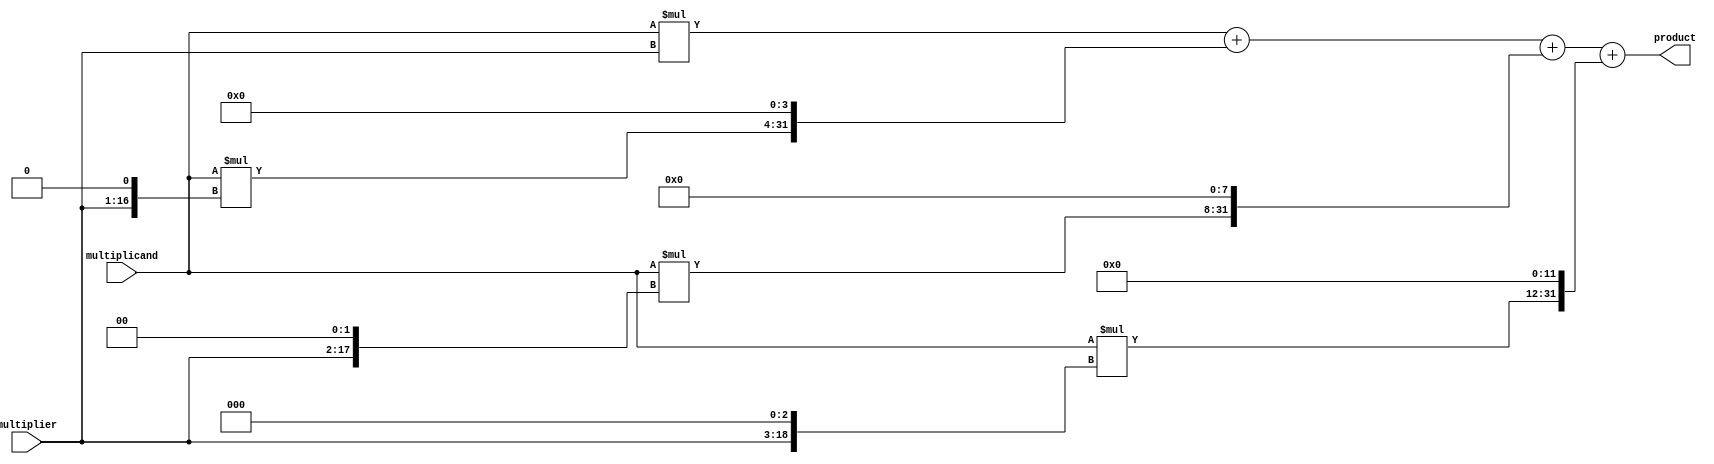
module BoothMultiplier (
  input signed [15:0] multiplicand,
  input signed [15:0] multiplier,
  output reg signed [31:0] product
);

reg [31:0] partial_products [3:0];
reg [4:0] booth_enc;
reg [31:0] final_product;

always @* begin
  booth_enc = {multiplier[15], multiplier[15:0]} + (multiplier << 1);
end

always @* begin
  partial_products[0] = multiplicand * multiplier;
  partial_products[1] = multiplicand * (multiplier << 1);
  partial_products[2] = multiplicand * (multiplier << 2);
  partial_products[3] = multiplicand * (multiplier << 3);
end

always @* begin
  final_product = partial_products[0] + (partial_products[1] << 4) + (partial_products[2] << 8) + (partial_products[3] << 12);
end

assign product = final_product;

endmodule